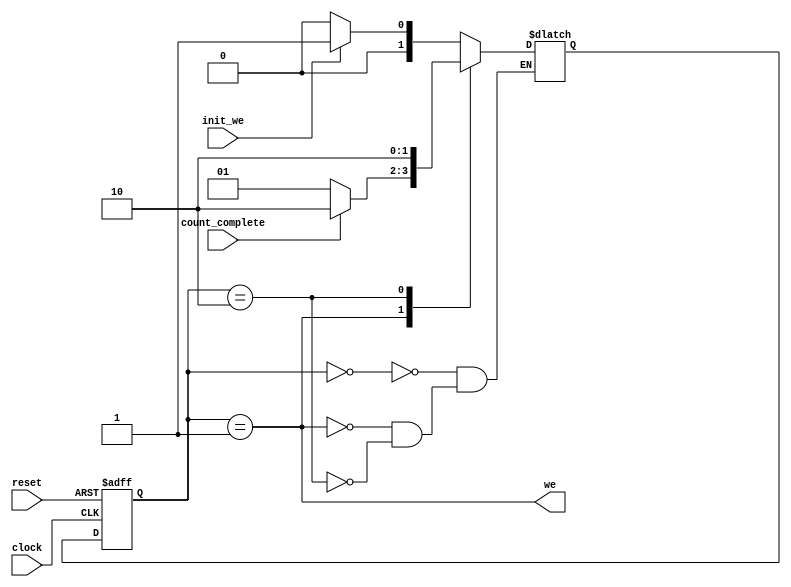
module fifoFSM(input init_we, count_complete, clock, reset,
					output we);					
	parameter INIT = 2'd0;
	parameter COUNTING = 2'd1;
	parameter END = 2'd2;
	
	//wire state;
	reg[1:0] state_curr, state_next;
	//assign state = state_curr;
	
	always @(posedge clock, posedge reset) begin
		if (reset) begin
			state_curr <= INIT;
		end
		else begin
			state_curr <= state_next;
		end
	end
	
	//Outputs
	assign we = state_curr == COUNTING;
	
	//State Transitions
	always @(state_curr, init_we, count_complete) begin
		case (state_curr)
			INIT: begin
				if(init_we) begin
					state_next <= COUNTING;
				end 
				else begin
					state_next <= INIT;
				end
			end
			COUNTING: begin
				if(count_complete) begin
					state_next <= END;
				end
				else begin
					state_next <= COUNTING;
				end
			end
			END: begin
				state_next <= END;
			end
		endcase
	end
endmodule